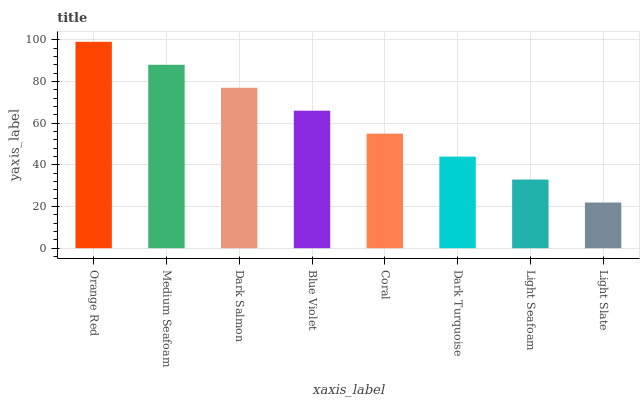
| xaxis_label | bars |
 | --- | --- |
 | Orange Red | 99 |
 | Medium Seafoam | 88 |
 | Dark Salmon | 77 |
 | Blue Violet | 66 |
 | Coral | 55 |
 | Dark Turquoise | 43.9 |
 | Light Seafoam | 32.9 |
 | Light Slate | 21.9 |